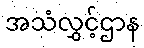
အသံလွှင့်ဌာန